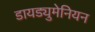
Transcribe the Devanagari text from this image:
डायड्युमेनियन